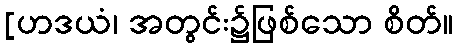
[ဟဒယံ၊ အတွင်း၌ဖြစ်သော စိတ်။